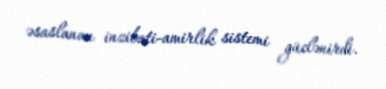
əsaslanan inzibati-amirlik sistemi güclənirdi.